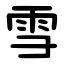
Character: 雪